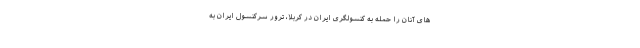
های آنان را حمله به کنسولگری ایران در کربلا، ترور سرکنسول ایران به